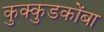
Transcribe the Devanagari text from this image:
कुक्कुडकोंबा